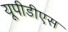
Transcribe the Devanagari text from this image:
यूपीडीएस